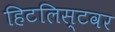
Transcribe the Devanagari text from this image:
हिटलिस्टवर